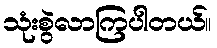
သုံးစွဲလာကြပါတယ်။